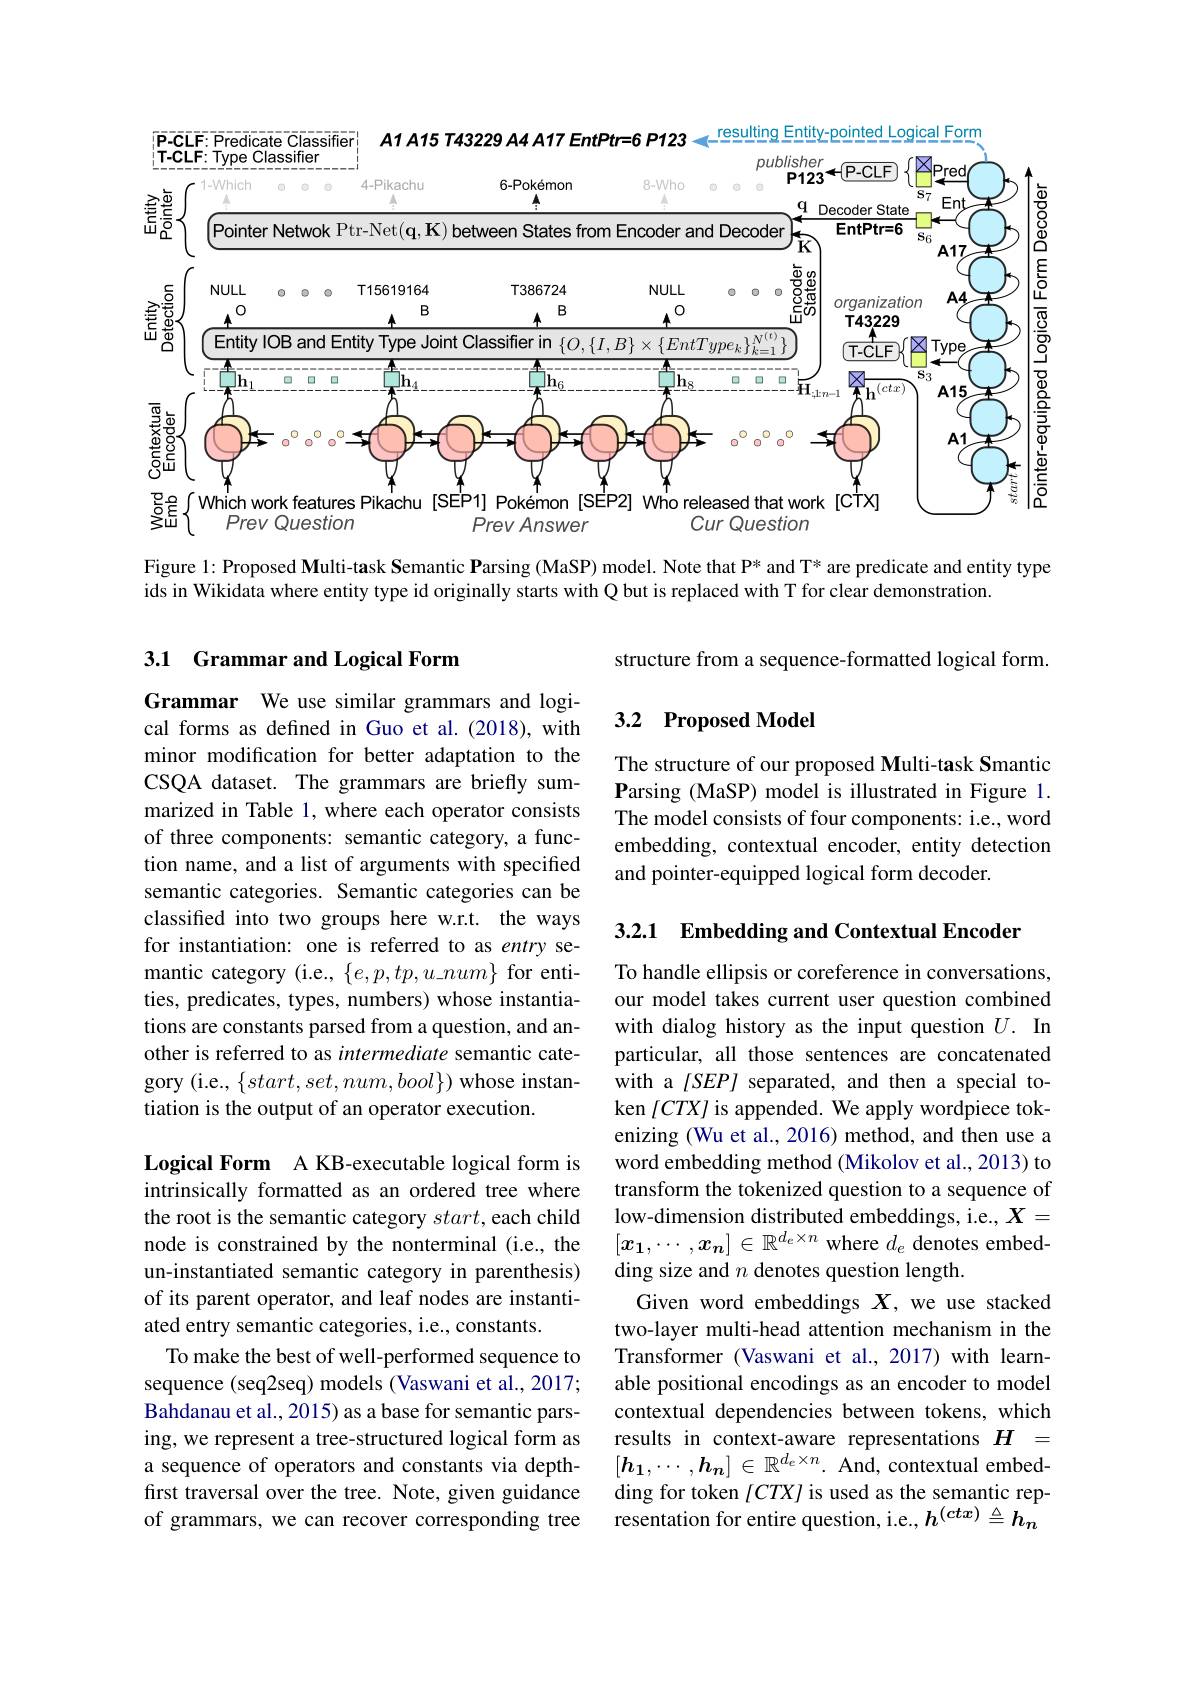
<FigureHere>

Figure 1: Proposed Multi-task Semantic Parsing (MaSP) model. Note that P* and T* are predicate and entity type
ids in Wikidata where entity type id originally starts with Q but is replaced with T for clear demonstration.

## 3.1 Grammar and Logical Form

structure from a sequence-formatted logical form.

### 3.2 Proposed Model

The structure of our proposed Multi-task Smantic Parsing (MaSP) model is illustrated in Figure 1. The model consists of four components: i.e., word embedding, contextual encoder, entity detection and pointer-equipped logical form decoder.

Grammar We use similar grammars and logical forms as defined in Guo et al.(2018), with minor modification for better adaptation to the CSQA dataset. The grammars are briefly summarized in Table 1, where each operator consists of three components: semantic category, a function name, and a list of arguments with specified semantic categories. Semantic categories can be classifed into two groups here w.r.t. the ways for instantiation: one is referred to as entry semantic category (i.e., $\{e,p,tp,u\_num\}$ for entities, predicates, types, numbers) whose instantiations are constants parsed from a question, and another is referred to as intermediate semantic category (i.e., $\{start,set,num,bool\})$ whose instantiation is the output of an operator execution.

3.2.1 Embedding and Contextual Encoder

To handle ellipsis or coreference in conversations, our model takes current user question combined with dialog history as the input question $U.$ In particular, all those sentences are concatenated with a $[SEP]$ separated, and then a special token $[CTX]$ is appended. We apply wordpiece tokenizing (Wu et al., 2016) method, and then use a word embedding method (Mikolov et al., 2013) to transform the tokenized question to a sequence of low-dimension distributed embeddings, i.e., $X=$ $[x_1,\cdots,x_n]\in\mathbb{R}^{d_e\times n}$ where $d_e$ denotes embedding size and $n$ denotes question length.
Given word embeddings $X$, we use stacked two-layer multi-head attention mechanism in the Transformer (Vaswani et al.,2017) with learnable positional encodings as an encoder to model contextual dependencies between tokens, which results in context-aware representations $H$ = $[\boldsymbol{h}_1,\cdots,\boldsymbol{h}_n]\in\mathbb{R}^{d_e\times n}.$ And, contextual embedding for token $[CTX]$ is used as the semantic representation for entire question, i.e., $h^{(ctx)}\triangleq h_n$

Logical Form A KB-executable logical form is intrinsically formatted as an ordered tree where the root is the semantic category start,each child node is constrained by the nonterminal (i.e., the un-instantiated semantic category in parenthesis) of its parent operator, and leaf nodes are instantiated entry semantic categories, i.e., constants.
To make the best of well-performed sequence to sequence (seq2seq) models (Vaswani et al., 2017; Bahdanau et al., 2015) as a base for semantic parsing, we represent a tree-structured logical form as a sequence of operators and constants via depthfirst traversal over the tree. Note, given guidance of grammars, we can recover corresponding tree